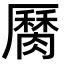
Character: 𦠩